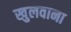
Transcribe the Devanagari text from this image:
खुलवाना